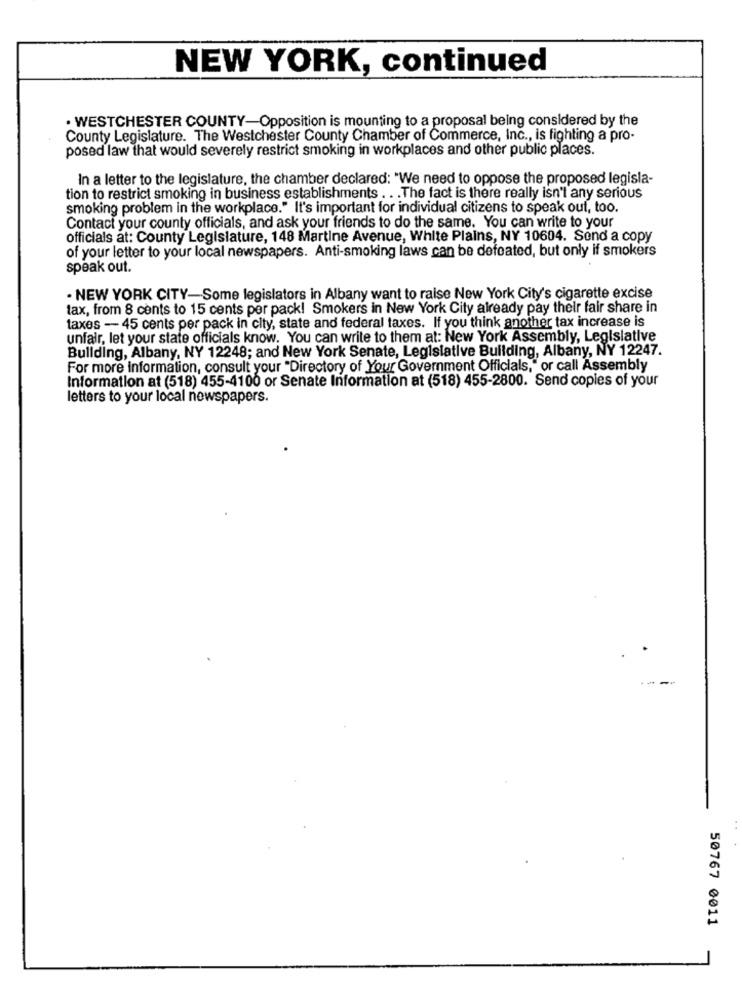
NEW YORK, continued
· WESTCHESTER COUNTY-Opposition is mounting to a proposal being considered by the
County Legislature. The Westchester County Chamber of Commerce, Inc ., is fighting a pro-
posed law that would severely restrict smoking in workplaces and other public places.
In a letter to the legislature, the chamber declared: "We need to oppose the proposed legisla-
tion to restrict smoking in business establishments . . . The fact is there really isn't any serious
smoking problem in the workplace." It's important for individual citizens to speak out, too.
Contact your county officials, and ask your friends to do the same. You can write to your
officials at: County Legislature, 148 Martine Avenue, White Plains, NY 10604. Send a copy
of your letter to your local newspapers. Anti-smoking laws can be defeated, but only if smokers
speak out.
· NEW YORK CITY-Some legislators in Albany want to raise New York City's cigarette excise
tax, from 8 cents to 15 cents per pack! Smokers in New York City already pay their fair share in
taxes - 45 cents per pack in city, state and federal taxes. If you think another tax increase is
unfair, let your state officials know. You can write to them at: New York Assembly, Legislative
Bullding, Albany, NY 12248; and New York Senate, Legislative Building, Albany, NY 12247.
For more information, consult your "Directory of Your Government Officials,"or call Assembly
Information at (518) 455-4100 or Senate Information at (518) 455-2800. Send copies of your
letters to your local newspapers.
50767 0011